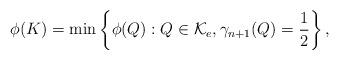
LaTeX: \begin{align*}\phi(K)=\min \left\{\phi(Q):Q\in \mathcal{K}_e,\gamma_{n+1}(Q)=\frac{1}{2}\right\},\end{align*}